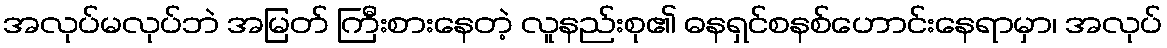
အလုပ်မလုပ်ဘဲ အမြတ် ကြီးစားနေတဲ့ လူနည်းစု၏ ဓနရှင်စနစ်ဟောင်းနေရာမှာ၊ အလုပ်